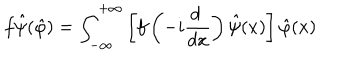
f \hat { \psi } ( \hat { \varphi } ) = \int _ { - \infty } ^ { + \infty } \left[ f \left( - i \frac { d ~ } { d x } \right) \hat { \psi } ( x ) \right] \hat { \varphi } ( x )